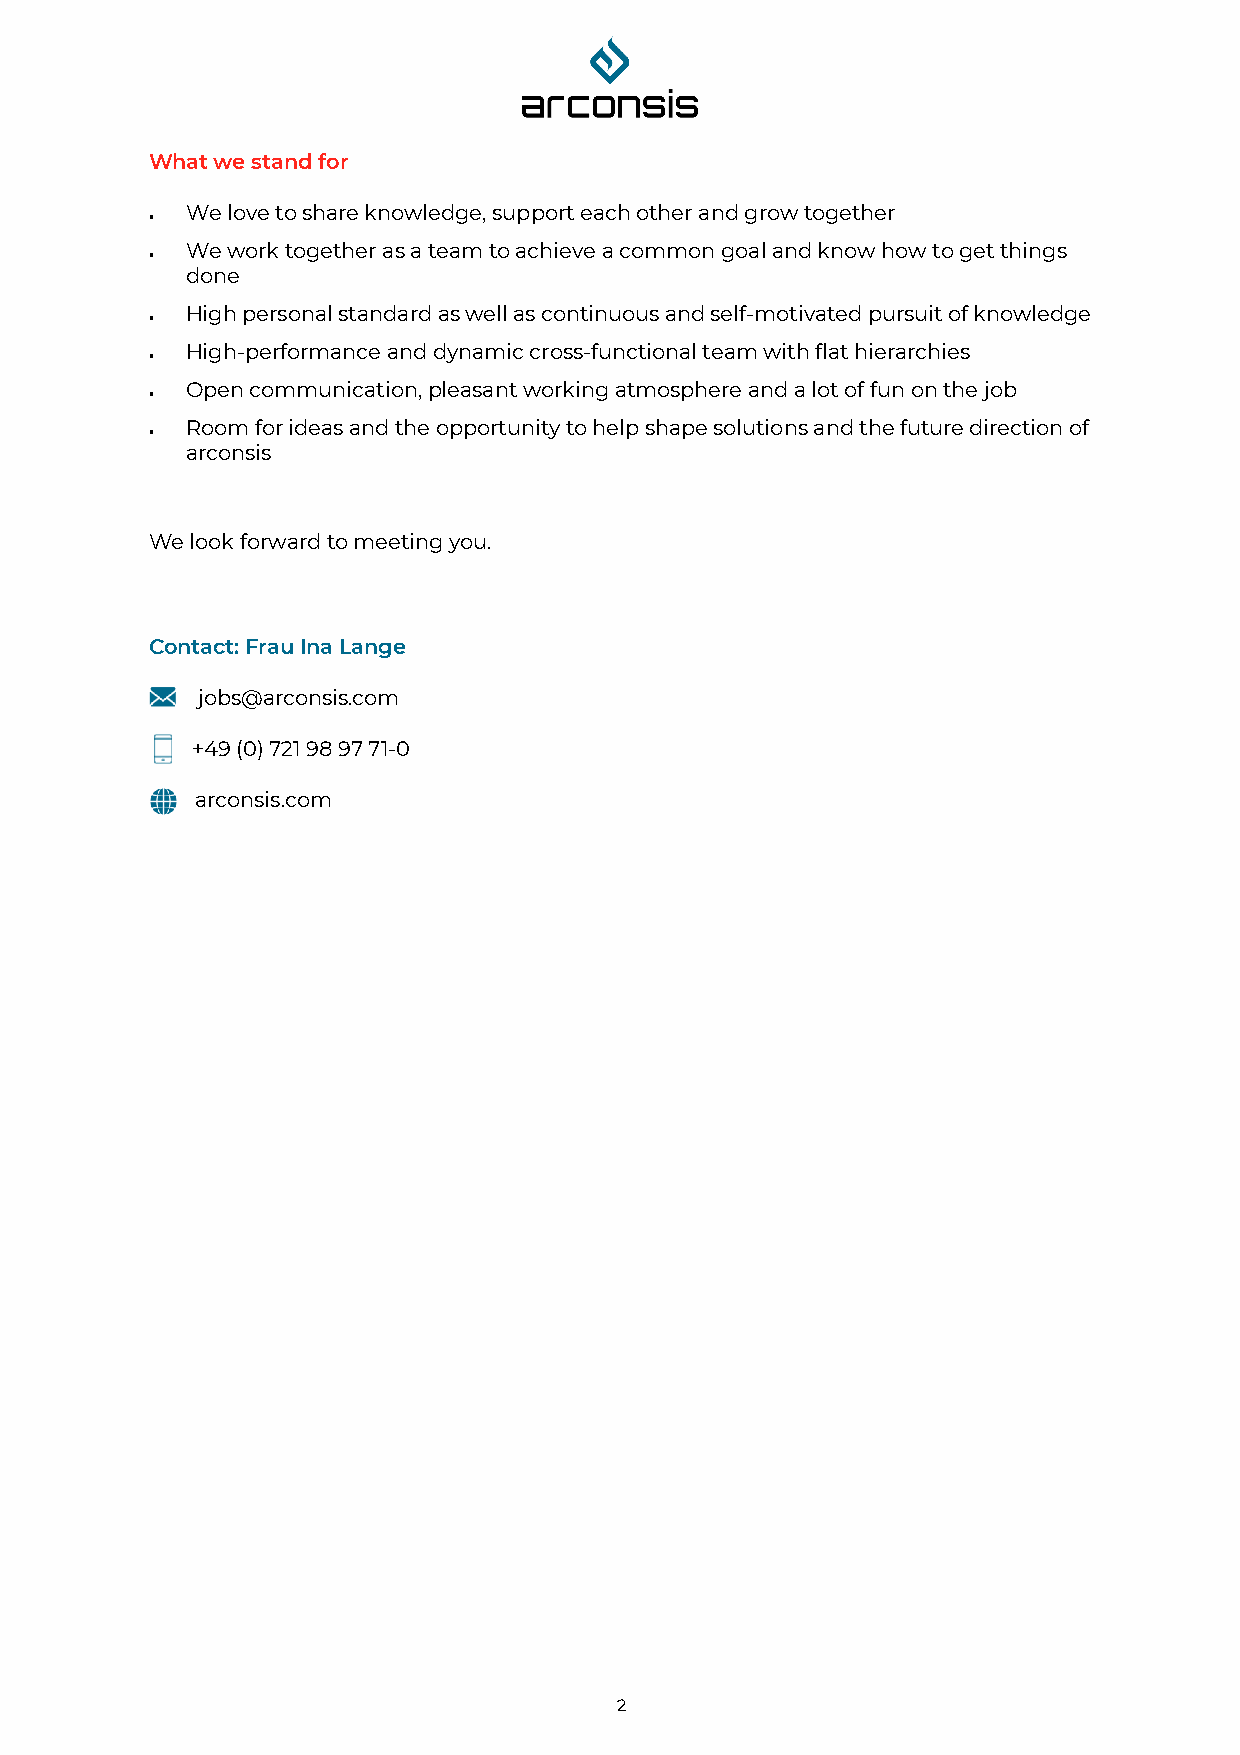
What we stand for
 We love to share knowledge, support each other and grow together
 •
 We work together as a team to achieve a common goal and know how to get things
 •
 done
 High personal standard as well as continuous and self-motivated pursuit of knowledge
 •
 High-performance and dynamic cross-functional team with flat hierarchies
 •
 Open communication, pleasant working atmosphere and a lot of fun on the job
 •
 Room for ideas and the opportunity to help shape solutions and the future direction of
 •
 arconsis
 We look forward to meeting you.
 Contact: Frau Ina Lange
 jobs@arconsis.com
 +49 (0) 721 98 97 71-0
 arconsis.com
 2